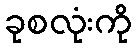
ခုစလုံးကို